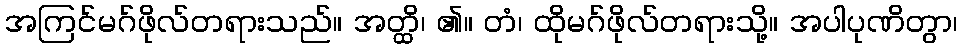
အကြင်မဂ်ဖိုလ်တရားသည်။ အတ္ထိ၊ ၏။ တံ၊ ထိုမဂ်ဖိုလ်တရားသို့။ အပါပုဏိတွာ၊